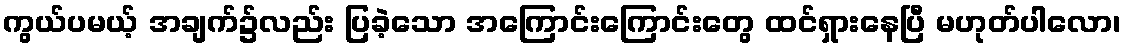
ကွယ်ပမယ့် အချက်၌လည်း ပြခဲ့သော အကြောင်းကြောင်းတွေ ထင်ရှားနေပြီ မဟုတ်ပါလော၊